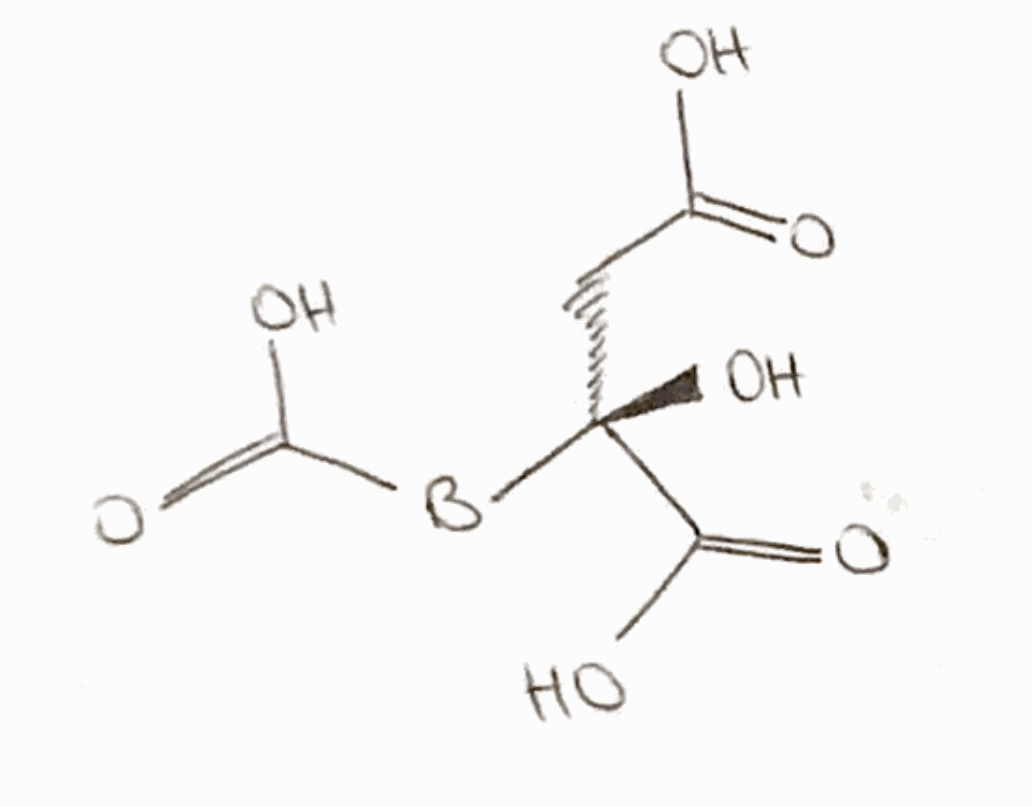
Simplified molecular-input line-entry system (SMILES) notation of the given molecule:
[B](C(=O)O)[C@](CC(=O)O)(C(=O)O)O